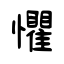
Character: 懼